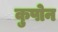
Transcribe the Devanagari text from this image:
कुपोन